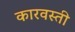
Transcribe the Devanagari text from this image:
कारवस्ती